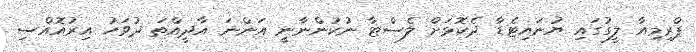
ޕްރިމިއާ ލީގުގައި ޔުނައިޓެޑާ ދެކޮޅަށް ލެސްޓާ ނުކުންނާނީ އަންނަ އާދީއްތަ ދުވަހު އިރުއޮއްސި